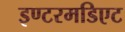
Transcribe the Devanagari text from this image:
इण्टरमडिएट